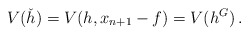
\begin{align*}V(\check h)=V(h,x_{n+1}-f)=V(h^G)\,.\end{align*}